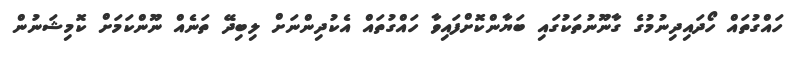
ހައްގުތައް ހޯދައިދިނުމުގެ ގާނޫނުތަކުގައި ބަޔާންކޮށްފައިވާ ހައްގުތައް އެކުދިންނަށް ލިބިދޭ ތަނެއް ނޫންކަމަށް ކޮމިޝަނުން